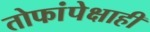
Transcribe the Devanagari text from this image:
तोफांपेक्षाही